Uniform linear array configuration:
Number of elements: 16
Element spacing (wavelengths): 0.5
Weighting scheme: blackman
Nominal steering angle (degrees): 15
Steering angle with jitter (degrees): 13.296
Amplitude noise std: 0.05
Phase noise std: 0.05

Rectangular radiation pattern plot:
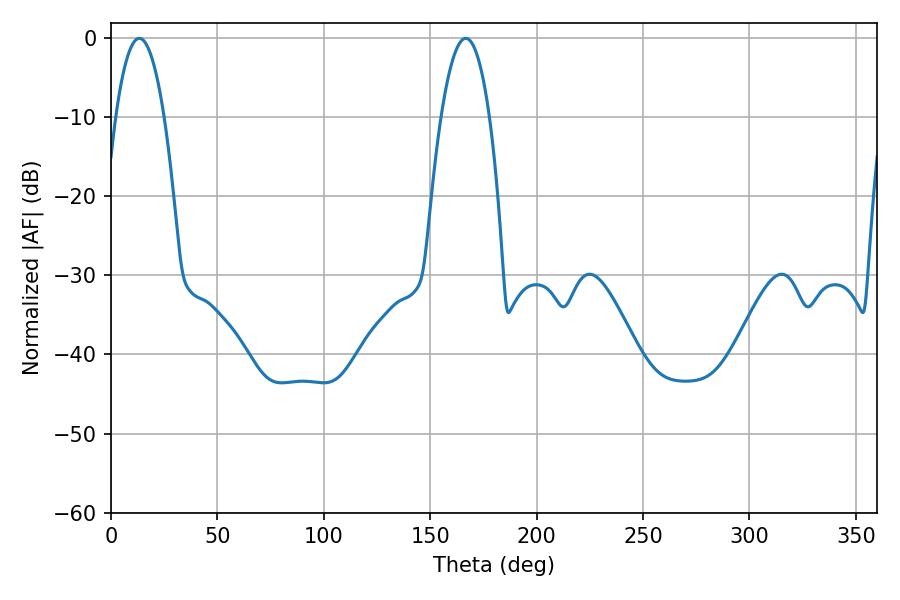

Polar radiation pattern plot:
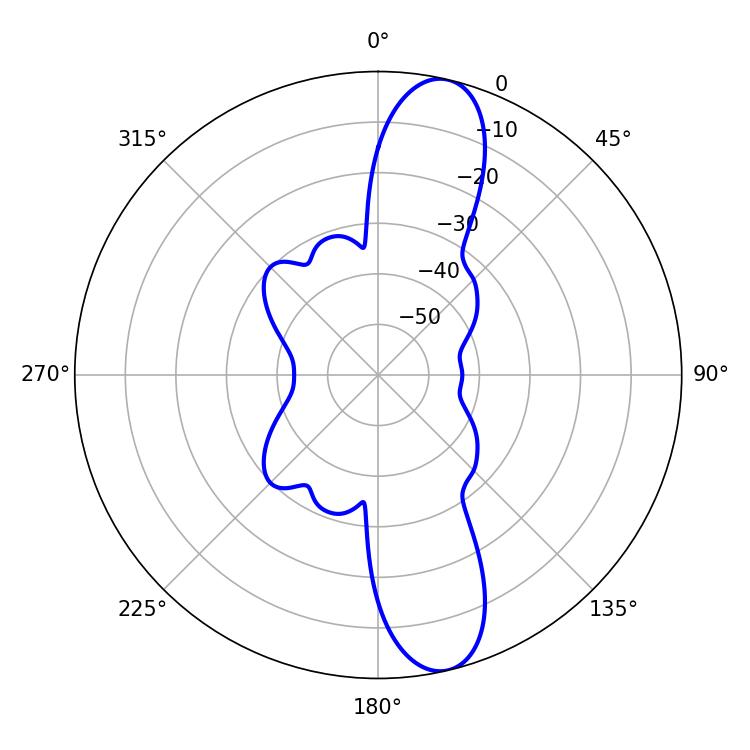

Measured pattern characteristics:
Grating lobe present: FALSE
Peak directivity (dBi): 12.655
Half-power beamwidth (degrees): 12.6
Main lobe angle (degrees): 13.32